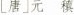
[唐]元稹